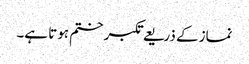
نماز کے ذریعے تکبر ختم ہوتا ہے۔